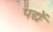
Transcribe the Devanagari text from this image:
पद्यें